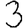
Digit: 3